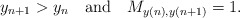
\begin{align*} y_{n+1} > y_n\ \ \ {\rm and}\ \ \ M_{y(n), y(n+1)} = 1.\end{align*}